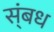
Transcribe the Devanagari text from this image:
स्ंबध